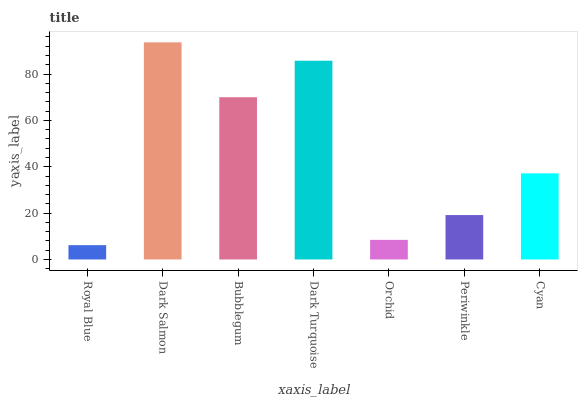
| xaxis_label | bars |
 | --- | --- |
 | Royal Blue | 6.17 |
 | Dark Salmon | 93.7 |
 | Bubblegum | 70 |
 | Dark Turquoise | 85.8 |
 | Orchid | 8.45 |
 | Periwinkle | 19.2 |
 | Cyan | 37.1 |